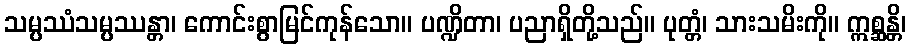
သမ္ပဿံသမ္ပဿန္တာ၊ ကောင်းစွာမြင်ကုန်သော။ ပဏ္ဍိတာ၊ ပညာရှိတို့သည်။ ပုတ္တံ၊ သားသမိးကို။ ဣစ္ဆန္တိ၊